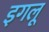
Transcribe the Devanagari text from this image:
इगलू